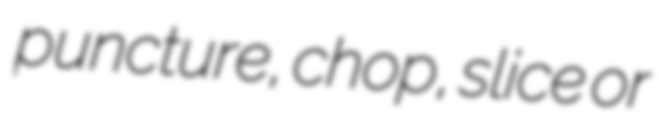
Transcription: puncture, chop, slice or